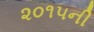
૨૦૧૫ની